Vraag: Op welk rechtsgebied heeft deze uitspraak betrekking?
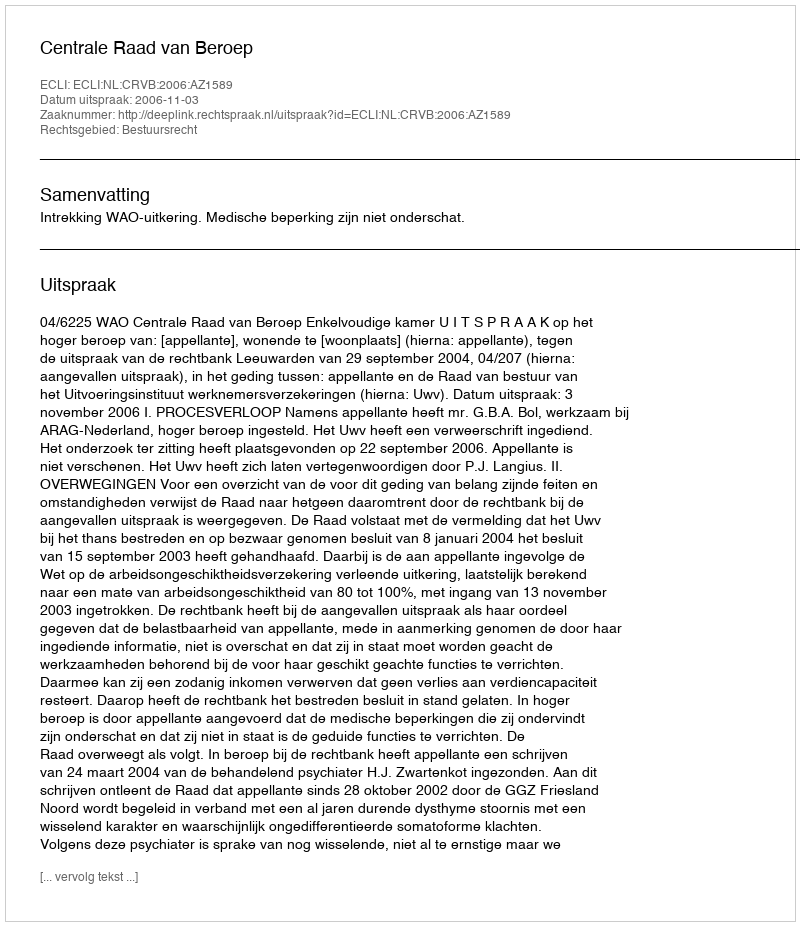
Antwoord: Bestuursrecht